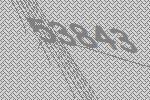
53843